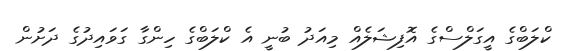
ކްލަބްގެ އީގަލްސްގެ އޮފިޝަލެއް މިއަދު ބުނީ އެ ކްލަބްގެ ހިންގާ ގަވައިދުގެ ދަށުން